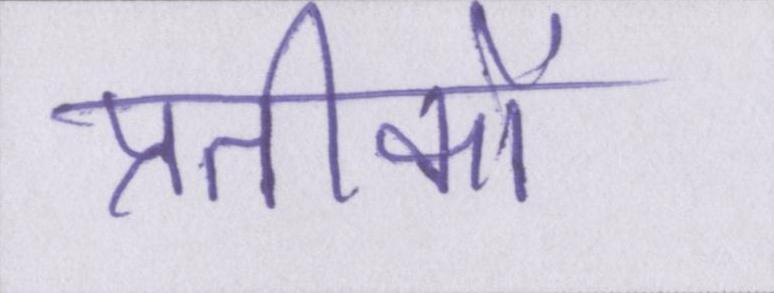
प्रतीकों